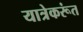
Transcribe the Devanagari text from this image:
यात्रेकरूंत